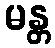
မန္တ